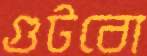
গুটবো